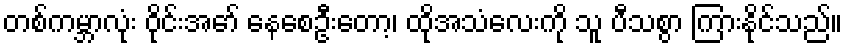
တစ်ကမ္ဘာလုံး ဝိုင်းအော် နေစေဦးတော့၊ ထိုအသံလေးကို သူ ပီသစွာ ကြားနိုင်သည်။